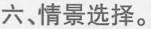
六、情景选择。